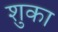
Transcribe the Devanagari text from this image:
शुका